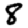
Digit: 8